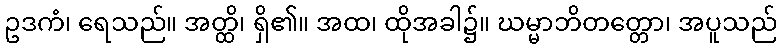
ဥဒကံ၊ ရေသည်။ အတ္ထိ၊ ရှိ၏။ အထ၊ ထိုအခါ၌။ ဃမ္မာဘိတတ္တော၊ အပူသည်